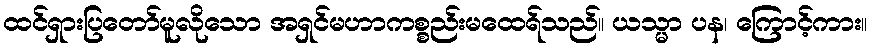
ထင်ရှားပြတော်မူလိုသော အရှင်မဟာကစ္စည်းမထေရ်သည်။ ယသ္မာ ပန၊ ကြောင့်ကား။